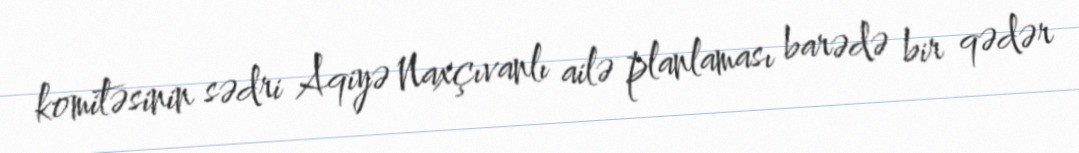
komitəsinin sədri Aqiyə Naxçıvanlı ailə planlaması barədə bir qədər